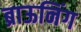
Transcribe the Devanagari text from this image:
ब्राऊनिंग